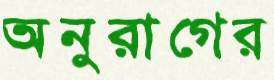
অনুরাগের